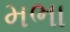
મભા